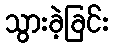
သွားခဲ့ခြင်း